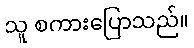
သူ စကားပြောသည်။